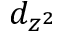
d _ { z ^ { 2 } }